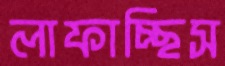
লাফাচ্ছিস